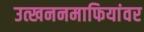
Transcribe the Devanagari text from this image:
उत्खननमाफियांवर